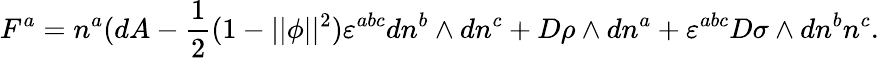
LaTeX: F^{a}=n^{a}(dA-\frac 12(1-||\phi||^{2})\varepsilon^{abc}dn^{b}\wedge dn^{c}+D\rho\wedge dn^{a}+\varepsilon^{abc}D\sigma\wedge dn^{b}n^{c}.